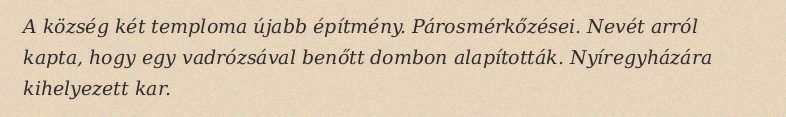
A község két temploma újabb építmény. Párosmérkőzései. Nevét arról kapta, hogy egy vadrózsával benőtt dombon alapították. Nyíregyházára kihelyezett kar.